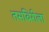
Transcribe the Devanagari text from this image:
तसबिरीला